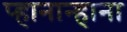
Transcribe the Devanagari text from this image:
प्हानान्हाना